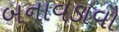
બનાવડાવો